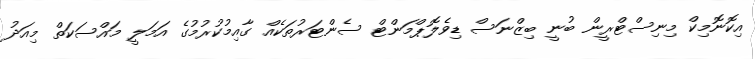
އިކޮނޮމިކް މިނިސްޓްރީން ބުނީ ބިޒްނަސް ޑިވެލޮޕްމަންޓް ސެންޓަރުތަކެއް ގާއިމުކުރުމުގެ އަމަލީ މައްސަކަތް މިއަދު